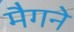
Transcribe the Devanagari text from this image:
मैगने